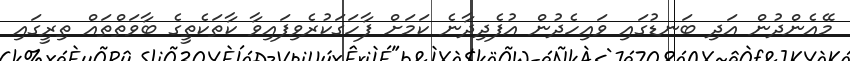
މޭއެންދުން އަދި ބަނޑުގައި ވައިހެދުން އުފެދިދާނެ ކަމަށް ފާހަގަކުރެވިފައިވާ ކާތަކެތީގެ ބާވަތްތައް ތިރީގައި